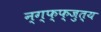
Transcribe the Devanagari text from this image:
न्ग्फ्फ्जुत्य